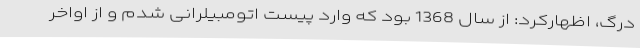
درگ، اظهارکرد: از سال 1368 بود که وارد پیست اتومبیلرانی شدم و از اواخر